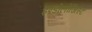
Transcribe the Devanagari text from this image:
इण्डोलोजिस्ट